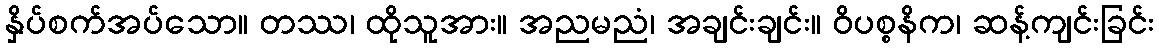
နှိပ်စက်အပ်သော။ တဿ၊ ထိုသူအား။ အညမညံ၊ အချင်းချင်း။ ဝိပစ္စနိက၊ ဆန့်ကျင်းခြင်း